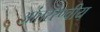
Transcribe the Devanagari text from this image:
आंतररेण्वीय